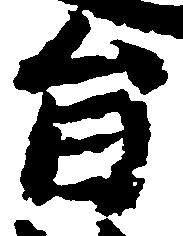
旨